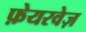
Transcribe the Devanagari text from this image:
फ़ेयरवेज़